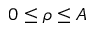
0 \leq \rho \leq A